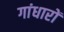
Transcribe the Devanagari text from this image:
गांधारों